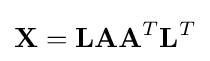
\mathbf {X} ={\textbf {L}}{\textbf {A}}{\textbf {A}}^{T}{\textbf {L}}^{T}